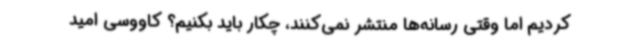
کردیم اما وقتی رسانه‌ها منتشر نمی‌کنند، چکار باید بکنیم؟ کاووسی امید